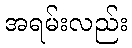
အရမ်းလည်း